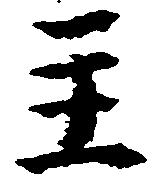
主